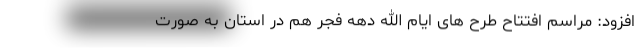
افزود: مراسم افتتاح طرح های ایام الله دهه فجر هم در استان به صورت